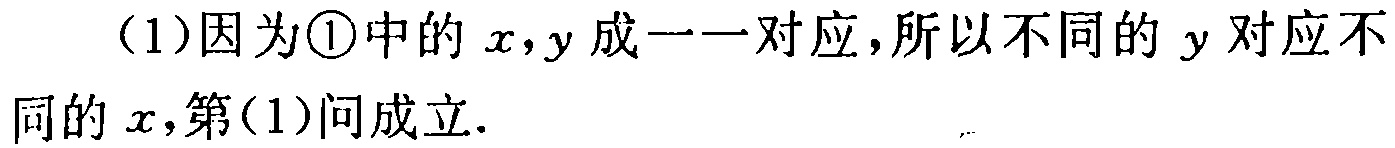
（1）因为\textcircled{1}中的\(x,y\)成一一对应，所以不同的\(y\)对应不同的\(x\)，第（1）问成立.